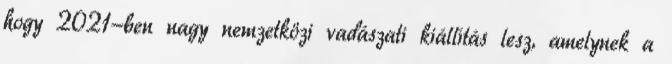
hogy 2021-ben nagy nemzetközi vadászati kiállítás lesz, amelynek a